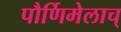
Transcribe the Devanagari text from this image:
पौर्णिमेलाच्